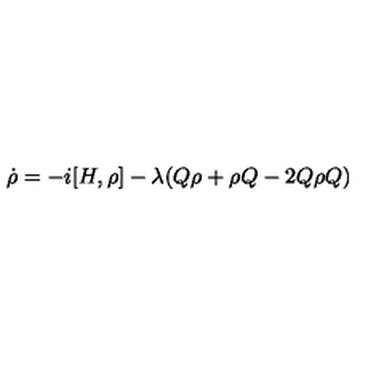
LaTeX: \dot { \rho } = - i [ H , \rho ] - \lambda ( Q \rho + \rho Q - 2 Q \rho Q )